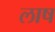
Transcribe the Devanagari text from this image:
लाष